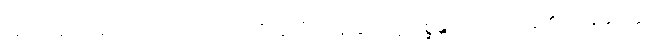
အာသဝေါတရားတို့သည်လည်း။ ပရိက္ခယံ၊ ကုန်ခြင်းသို့။ ဂစ္ဆန္တိ၊ ရောက်ကုန်၏။ အနနုပ္ပတ္တံ၊